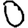
Digit: 0